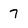
Character: 7